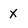
Character: x